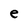
Character: e